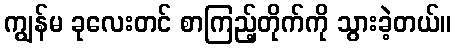
ကျွန်မ ခုလေးတင် စာကြည့်တိုက်ကို သွားခဲ့တယ်။